Indian journal of veterinary science and animal husbandry - Volumes 15-17, 1948-1951
Year: 1948
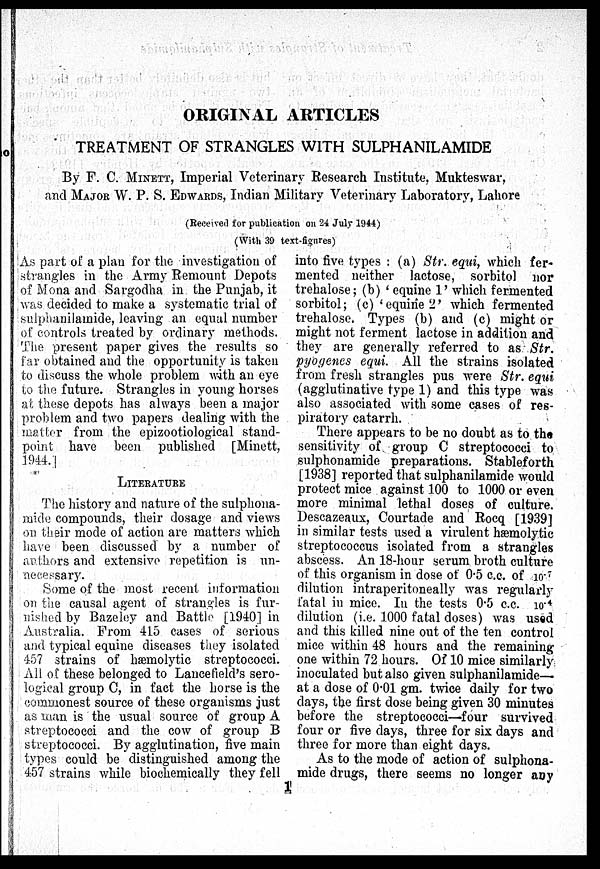
ORIGINAL ARTICLES
TREATMENT OF STRANGLES WITH SULPHANILAMIDE
By F. C.MINETT, Imperial Veterinary Research Institute, Mukteswar,
and MAJOR W. P. S. EDWARDS, Indian Military Veterinary Laboratory, Lahore
(Received for publication on 24 July 1944)
(With 39 text-figures)
As part of a plan for the investigation of
strangles in the Army Remount Depots
of Mona and Sargodha in the Punjab, it
was decided to make a systematic trial of
sulphanilamide, leaving an equal number
of controls treated by ordinary methods.
The present paper gives the results so
far obtained and the opportunity is taken
to discuss the whole problem with an eye
to the future. Strangles in young horses
at these depots has always been a major
problem and two papers dealing with the
matter from the epizootiological stand-
point have been published [Minett,
LITERATURE
The history and nature of the sulphona-
mide compounds, their dosage and views
on their mode of action are matters which
have been discussed by a number of
authors and extensive repetition is un-
necessary.
Some of the most recent information
on the causal agent of strangles is fur-
nished by Bazeley and Battle [1940] in
Australia. From 415 cases of serious
and typical equine diseases they isolated
457 strains of hæmolytic streptococci.
All of these belonged to Lancefield's sero-
logical group C, in fact the horse is the
commonest source of these organisms just
as man is the usual source of group A
streptococci and the cow of group B
streptococci. By agglutination, five main
types could be distinguished among the
457 strains while biochemically they fell
into five types: (a) Str. equi, which fer-
mented neither lactose, sorbitol nor
trehalose; (b) 'equine 1' which fermented
sorbitol; (c) 'equine 2' which fermented
trehalose. Types (b) and (c) might or
might not ferment lactose in addition and
they are generally referred to as Str.
pyogenes equi. All the strains isolated
from fresh strangles pus were Str. equi
(agglutinative type 1) and this type was
also associated with some cases of res-
piratory catarrh.
There appears to be no doubt as to the
sensitivity of group C streptococci to
sulphonamide preparations. Stableforth
[1938] reported that sulphanilamide would
protect mice against 100 to 1000 or even
more minimal lethal doses of culture.
Descazeaux, Courtade and Rocq [1939]
in similar tests used a virulent hæmolytic
streptococcus isolated from a strangles
abscess. An 18-hour serum broth culture
of this organism in dose of 0.5 c.c. of 10 -7
dilution intraperitoneally was regularly
fatal in mice. In the tests 0.5 c.c. 10 -4
dilution (i.e. 1000 fatal doses) was used
and this killed nine out of the ten control
mice within 48 hours and the remaining
one within 72 hours. Of 10 mice similarly
inoculated but also given sulphanilamide—
at a dose of 0.01 gm. twice daily for two
days, the first dose being given 30 minutes
before the streptococci—four survived
four or five days, three for six days and
three for more than eight days.
As to the mode of action of sulphona-
mide drugs, there seems no longer any
1